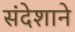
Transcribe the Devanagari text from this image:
संदेशाने